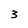
Character: 3